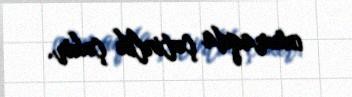
oxumaqda çətinlik çəkir.